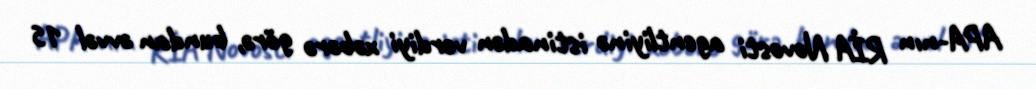
APA-nın RİA Novosti agentliyinə istinadən verdiyi xəbərə görə, bundan əvvəl 15